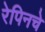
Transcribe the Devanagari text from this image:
रेपिनचे